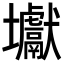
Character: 𡔎